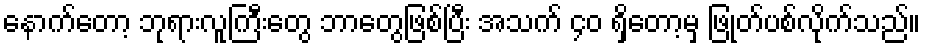
နောက်တော့ ဘုရားလူကြီးတွေ ဘာတွေဖြစ်ပြီး အသက် ၄၀ ရှိတော့မှ ဖြုတ်ပစ်လိုက်သည်။